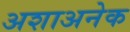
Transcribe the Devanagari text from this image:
अशाअनेक